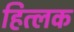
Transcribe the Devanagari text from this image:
हित्लक